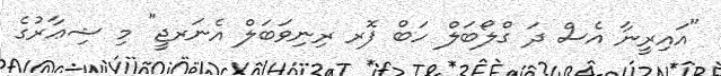
"އައިރީނާ އެސް ދަ ގްލޯބަލް ހަބް ފޮރ ރިނިވަބަލް އެނަރޖީ" މި ޝިޢާރުގެ